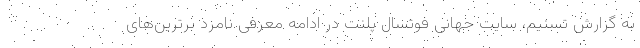
به گزارش تسنیم، سایت جهانی فوتسال پلنت در ادامه معرفی نامزد برترین‌های